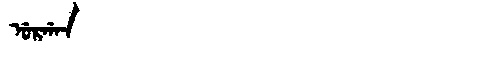
Manchu: ᡠᡵᡤᠠᠨ
Romanization: URGAN